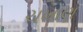
ચખાણ